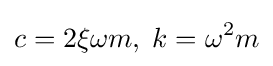
c=2\xi \omega m,\;k=\omega ^{2}m